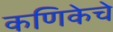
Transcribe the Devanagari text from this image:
कणिकेचे